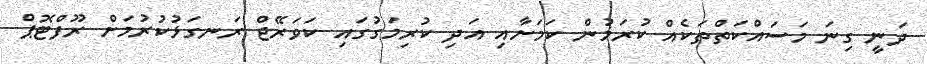
ދަނީ ގިނަ މަސައްކަތްތަކެއް ކުރަމުން ކަމަށާއި އަދި ކުރިމަގުގައި ކަވަރޭޖް ރަނގަޅުކުރުމަށް ރޫފްޓޮޕް